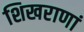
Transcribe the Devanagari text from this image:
शिखराणां